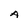
Character: A